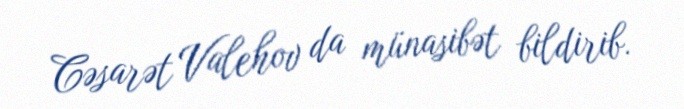
Cəsarət Valehov da münasibət bildirib.